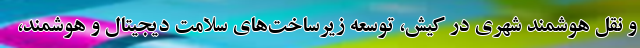
و نقل هوشمند شهری در کیش، توسعه زیرساخت‌های سلامت دیجیتال و هوشمند،